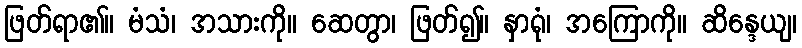
ဖြတ်ရာ၏။ မံသံ၊ အသားကို။ ဆေတွာ၊ ဖြတ်၍။ နှာရုံ၊ အကြောကို။ ဆိန္ဒေယျ၊